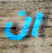
ان